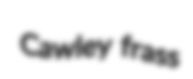
Cawley frass